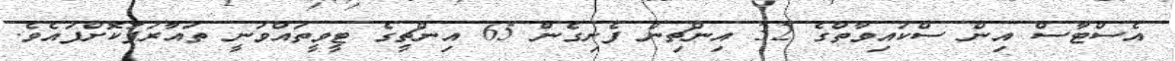
އެސްޓާސް އިން ސްކައިވާތްގެ 32 އިންޗިން ފެށިގެން 65 އިންޗީގެ ޓީވީތައްވަނީ ތައާރަފުކޮށްފައެވެ.